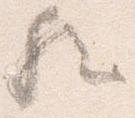
歟